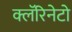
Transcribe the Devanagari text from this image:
क्लॅरिनेटो